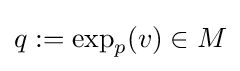
q:=\exp _{p}(v)\in M